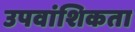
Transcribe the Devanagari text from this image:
उपवांशिकता